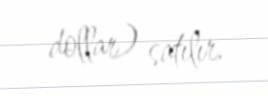
dollar) satılır.